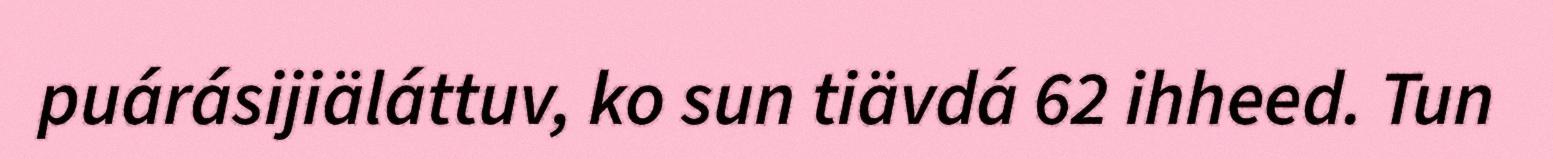
puárásijiäláttuv, ko sun tiävdá 62 ihheed. Tun